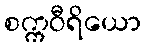
စက္ကဝီရိယော